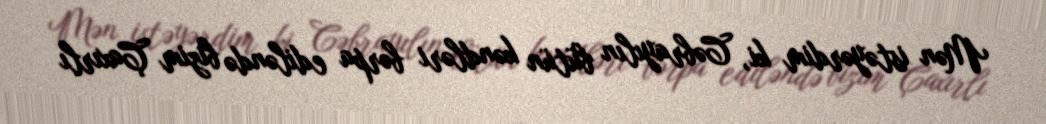
Mən istəyərdim ki, Cəbrayılın bütün kəndləri bərpa ediləndə bizim Çaxırlı